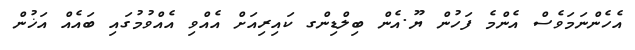
އެހެންނަމަވެސް އެންމެ ފަހުން ޔޫ.އެން ބިލްޑިންގ ކައިރިއަށް އެއްވި އެއްވުމުގައި ބައެއް އަޚުން